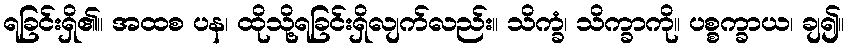
ရခြင်းရှိ၏။ အထစ ပန၊ ထိုသို့ရခြင်းရှိလျက်လည်း။ သိက္ခံ၊ သိက္ခာကို။ ပစ္စက္ခာယ၊ ချ၍။